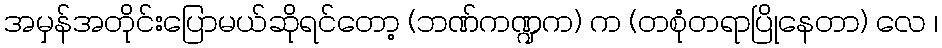
အမှန်အတိုင်းပြောမယ်ဆိုရင်တော့ (ဘဏ်ကဏ္ဍက) က (တစုံတရာပြိုနေတာ) လေ ၊